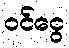
ဝင်ငွေ